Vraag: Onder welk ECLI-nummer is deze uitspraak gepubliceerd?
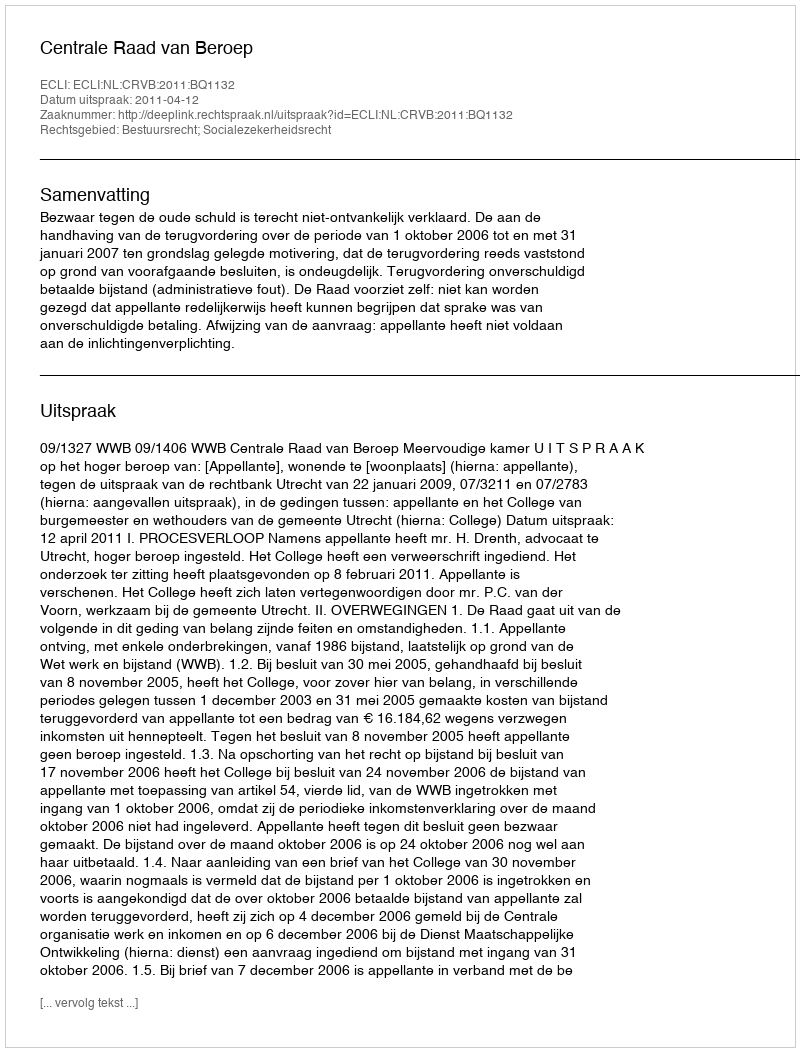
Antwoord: ECLI:NL:CRVB:2011:BQ1132